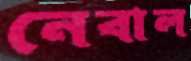
নেবাল